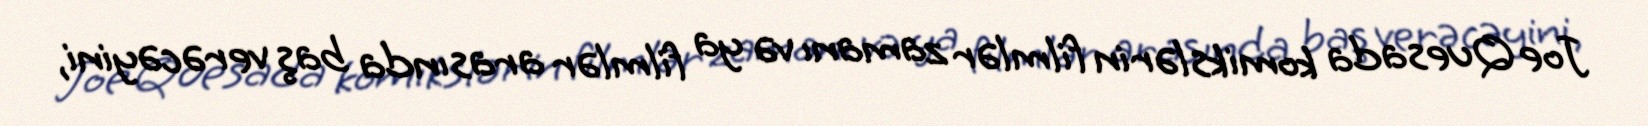
Joe Quesada komikslərin filmlər zamanı və ya filmlər arasında baş verəcəyini,